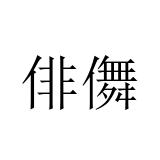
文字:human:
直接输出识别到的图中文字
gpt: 俳儛